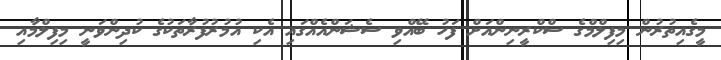
މީގެއިތުރުން މިފިލްމްގެ ސްކްރީނިންއަށް ފަހު ބޭއްވި ސެޝަންއެއްގައި އެކި އުމުރުފުރާތަކުގެ ކުދިންވަނީ މިފިލްމާއި